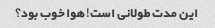
این مدت طولانی است! هوا خوب بود؟